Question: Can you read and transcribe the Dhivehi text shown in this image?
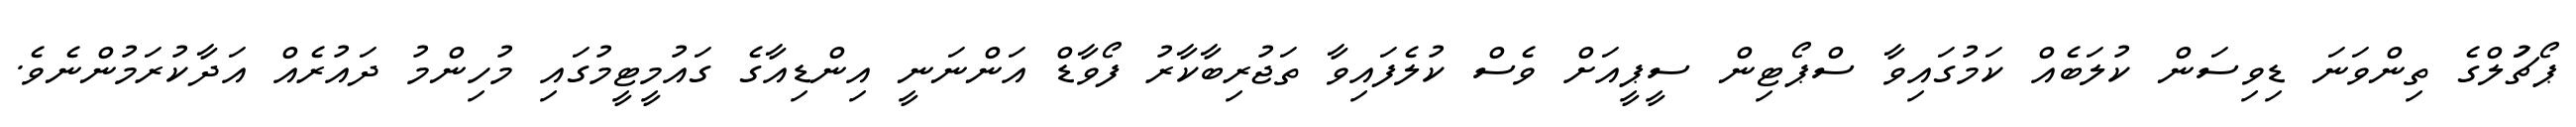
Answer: ޕޯޗުަލްގެ ތިންވަނަ ޑިވިސަން ކުލަބެއް ކަމުގައިވާ ސްޕޯޓިން ސީޕީއަށް ވެސް ކުލެފައިވާ ތަޖުރިބާކާރު ފޯވާޑް އަންނަނީ އިންޑިއާގެ ގައުމީޓީމުގައި މުހިންމު ދައުރެއް އަދާކުރަމުންނެވެ.